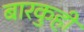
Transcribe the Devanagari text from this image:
बारकुही